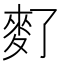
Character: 𪌀